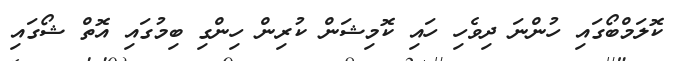
ކޮލަމްބޯގައި ހުންނަ ދިވެހި ހައި ކޮމިޝަން ކުރިން ހިންގި ބިމުގައި އޮތް ޝޯގައި